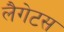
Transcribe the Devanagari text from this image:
लैगेटस